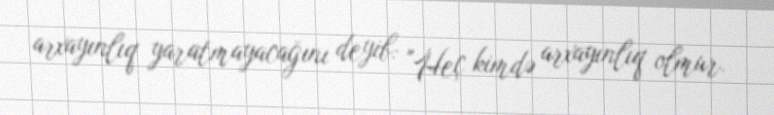
arxayınlıq yaratmayacağını deyib: "Heç kimdə arxayınlıq olmur.